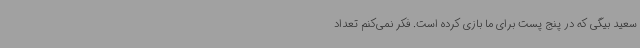
سعید بیگی که در پنج پست برای ما بازی کرده است. فکر نمی‌کنم تعداد